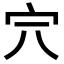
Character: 𡧆